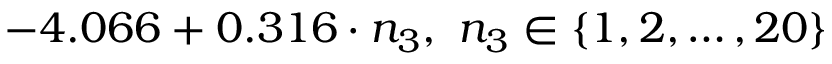
- 4 . 0 6 6 + 0 . 3 1 6 \cdot n _ { 3 } , \ n _ { 3 } \in \left\{ 1 , 2 , \ldots , 2 0 \right\}